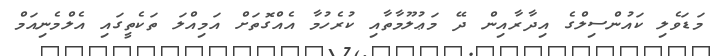
މަޑަވެލި ކައުންސިލްގެ އިދާރާއިން ދޭ މަޢުލޫމާތާއި ކުރެހުމާ އެއްގޮތަށް އަމިއްލަ ތަކެތީގައި އެލްމެނިއަމް